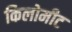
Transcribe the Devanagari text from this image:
किलोमीट